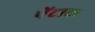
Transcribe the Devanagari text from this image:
पेंटाक